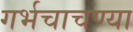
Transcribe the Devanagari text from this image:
गर्भचाचण्या